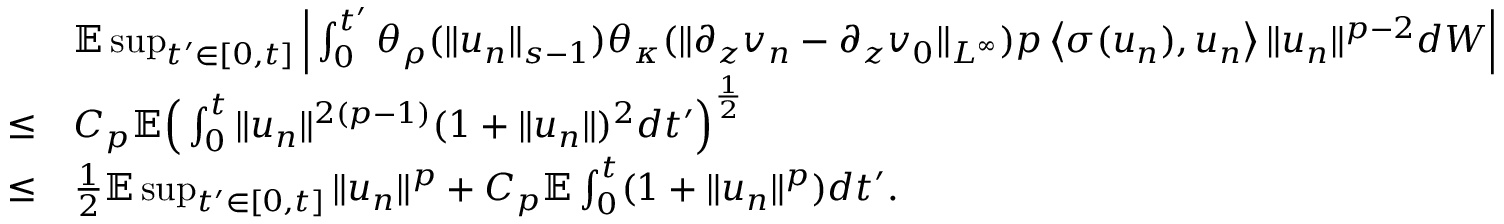
\begin{array} { r l } & { \mathbb E \operatorname* { s u p } _ { t ^ { \prime } \in [ 0 , t ] } \Big | \int _ { 0 } ^ { t ^ { \prime } } \theta _ { \rho } ( \| u _ { n } \| _ { s - 1 } ) \theta _ { \kappa } ( \| \partial _ { z } v _ { n } - \partial _ { z } v _ { 0 } \| _ { L ^ { \infty } } ) p \left\langle \sigma ( u _ { n } ) , u _ { n } \right\rangle \| u _ { n } \| ^ { p - 2 } d W \Big | } \\ { \leq } & { C _ { p } \mathbb E \Big ( \int _ { 0 } ^ { t } \| u _ { n } \| ^ { 2 ( p - 1 ) } ( 1 + \| u _ { n } \| ) ^ { 2 } d t ^ { \prime } \Big ) ^ { \frac 1 2 } } \\ { \leq } & { \frac 1 2 \mathbb E \operatorname* { s u p } _ { t ^ { \prime } \in [ 0 , t ] } \| u _ { n } \| ^ { p } + C _ { p } \mathbb E \int _ { 0 } ^ { t } ( 1 + \| u _ { n } \| ^ { p } ) d t ^ { \prime } . } \end{array}